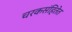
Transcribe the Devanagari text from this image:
चरकसंहितेत